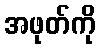
အဖုတ်ကို